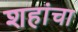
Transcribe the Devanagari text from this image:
शहांचा